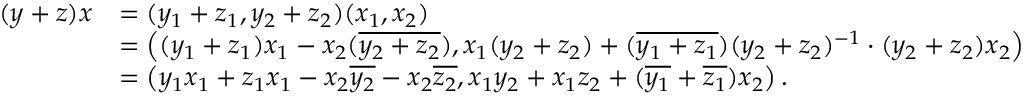
\begin{array} { r l } { ( y + z ) x } & { = ( y _ { 1 } + z _ { 1 } , y _ { 2 } + z _ { 2 } ) ( x _ { 1 } , x _ { 2 } ) } \\ & { = \left( ( y _ { 1 } + z _ { 1 } ) x _ { 1 } - x _ { 2 } ( \overline { { y _ { 2 } + z _ { 2 } } } ) , x _ { 1 } ( y _ { 2 } + z _ { 2 } ) + ( \overline { { y _ { 1 } + z _ { 1 } } } ) ( y _ { 2 } + z _ { 2 } ) ^ { - 1 } \cdot ( y _ { 2 } + z _ { 2 } ) x _ { 2 } \right) } \\ & { = \left( y _ { 1 } x _ { 1 } + z _ { 1 } x _ { 1 } - x _ { 2 } \overline { { y _ { 2 } } } - x _ { 2 } \overline { { z _ { 2 } } } , x _ { 1 } y _ { 2 } + x _ { 1 } z _ { 2 } + ( \overline { { y _ { 1 } } } + \overline { { z _ { 1 } } } ) x _ { 2 } \right) . } \end{array}